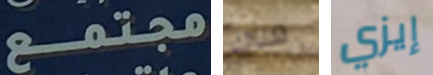
مجتمع هناك إيزي